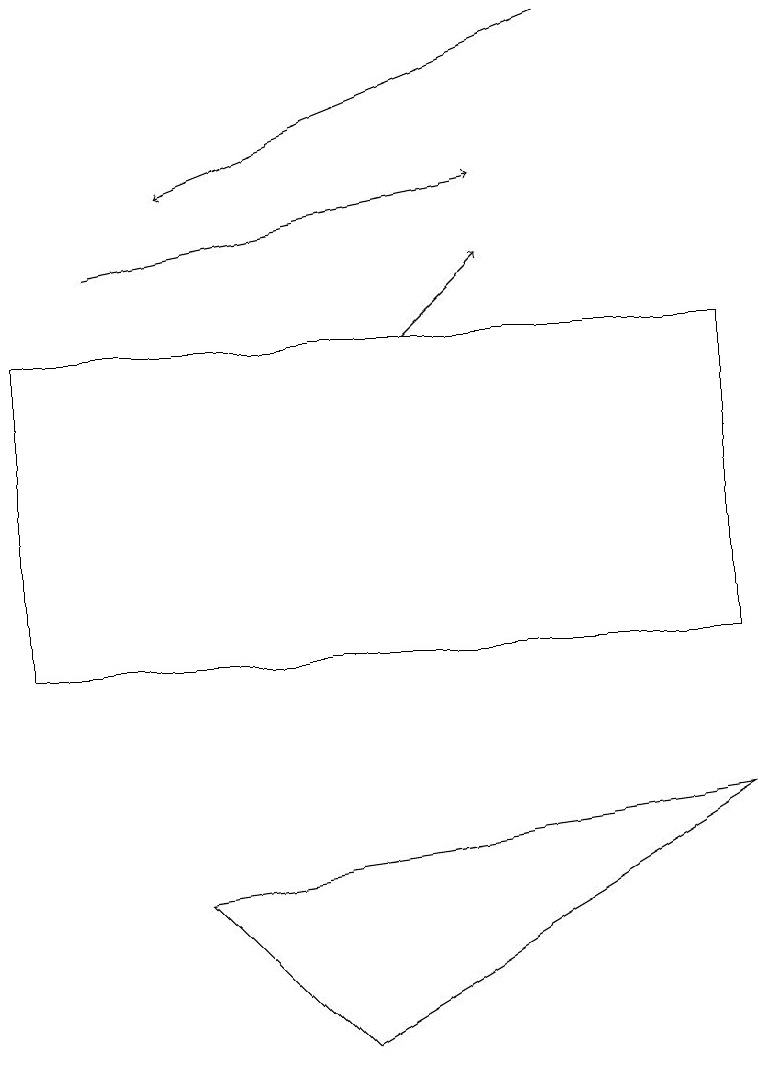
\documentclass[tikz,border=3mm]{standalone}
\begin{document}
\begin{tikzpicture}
\draw[->] (5,15) -- (6,16);
\draw[->] (1,16) -- (6,17);
\draw[->] (7,19) -- (2,17);
\draw (2,8) -- (4,6) -- (9,9) -- cycle;
\draw (0,11) rectangle (9,15);
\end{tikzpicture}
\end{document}